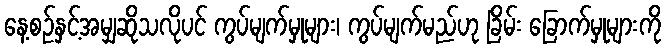
နေ့စဉ်နှင့်အမျှဆိုသလိုပင် ကွပ်မျက်မှုများ၊ ကွပ်မျက်မည်ဟု ခြိမ်း ခြောက်မှုများကို